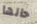
حالها